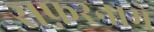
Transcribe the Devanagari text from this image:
सफ़रनामे